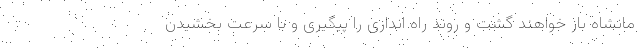
مانشاه باز خواهند گشت و روند راه اندازی را پیگیری و با سرعت بخشیدن